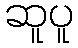
ဆူပူ